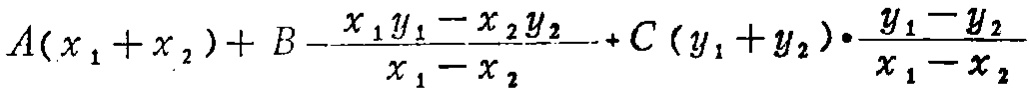
\[A(x_{1}+x_{2}) + B-\frac{x_{1}y_{1}-x_{2}y_{2}}{x_{1}-x_{2}}+C(y_{1}+y_{2})\cdot\frac{y_{1}-y_{2}}{x_{1}-x_{2}}\]